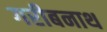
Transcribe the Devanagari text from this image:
गरीबनाथ